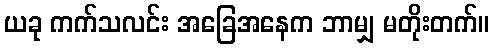
ယခု ကက်သလင်း အခြေအနေက ဘာမျှ မတိုးတက်။